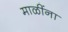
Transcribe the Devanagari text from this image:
माळींना